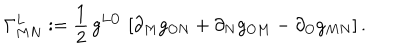
\Gamma _ { M N } ^ { L } : = \frac { 1 } { 2 } \, g ^ { L O } \, \left[ \partial _ { M } g _ { O N } + \partial _ { N } g _ { O M } - \partial _ { O } g _ { M N } \right] .